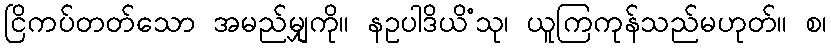
ငြိကပ်တတ်သော အမည်မျှကို။ နဥပါဒိယိံသု၊ ယူကြကုန်သည်မဟုတ်။ စ၊